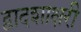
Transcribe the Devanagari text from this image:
द्वादशाक्षरी